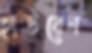
হাউবেন